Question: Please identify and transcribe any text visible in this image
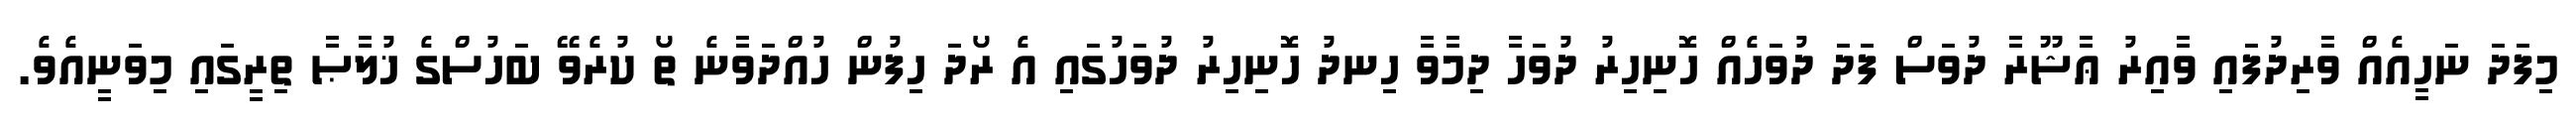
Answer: މިފަދަ ނަހީއެއް ވާރިދުފައި ވާއިރު ޢާޝޫރާ ދުވަސް ފަދަ ދުވަހެއް ހޮނިހިރު ދުވަހާ ދިމާވާ ހިނދު ހޮނިހިރު ދުވަހުގައި އެ ރޯދަ ހިފުން ހުއްދަވާނެ ތޯ ކުރެވޭ ބަހުސްގެ ޚުލާޞާ ތިރީގައި މިވަނީއެވެ.